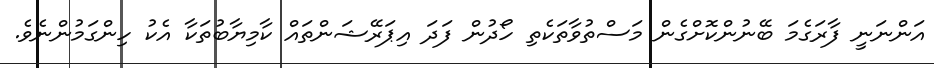
އަންނަނީ ފާރަގެމަ ބޭނުންކޮށްގެން މަސްތުވާތަކެތި ހޯދުން ފަދަ އިޕަރޭޝަންތައް ކާމިޔާބުތަކާ އެކު ހިންގަމުންނެވެ.